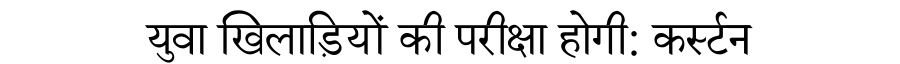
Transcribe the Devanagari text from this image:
युवा खिलाड़ियों की परीक्षा होगी: कर्स्टन